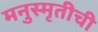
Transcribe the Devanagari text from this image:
मनुस्मृतीची